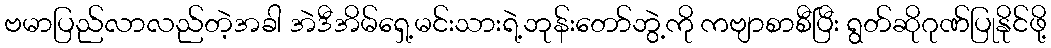
ဗမာပြည်လာလည်တဲ့အခါ အဲဒီအိမ်ရှေ့မင်းသားရဲ့ဘုန်းတော်ဘွဲ့ကို ကဗျာစာစီပြီး ရွတ်ဆိုဂုဏ်ပြုနိုင်ဖို့